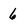
Character: 6